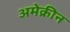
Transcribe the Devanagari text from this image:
अमेक्रीन